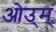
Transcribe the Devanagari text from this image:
ओउ्म्